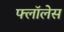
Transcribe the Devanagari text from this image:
फ्लॉलेस